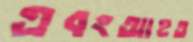
এবংআহত